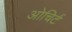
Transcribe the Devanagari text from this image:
ओचिर्ट